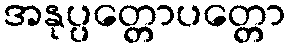
အနုပ္ပတ္တောပတ္တော